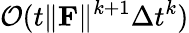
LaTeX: \mathcal{O}(t\| \mathbf F\| ^{k+1}\Delta t^{k})